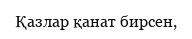
Қазлар қанат бирсен,